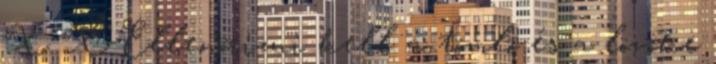
X X Ellenõrizni kell a tömlõ és a lövõke